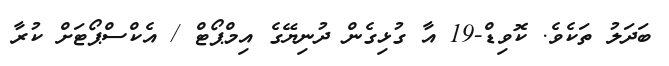
ބަދަލު ތަކެެވެ. ކޮވިޑް-19 އާ ގުޅިގެން ދުނިޔޭގެ އިމްޕޯޓް / އެކްސްޕޯޓަށް ކުރާ